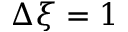
\Delta \xi = 1